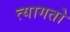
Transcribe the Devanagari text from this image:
त्यागतो